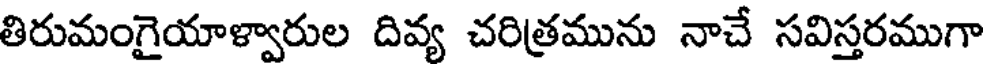
తిరుమంగైయాళ్వారుల దివ్య చరిత్రమును నాచే సవిస్తరముగా